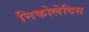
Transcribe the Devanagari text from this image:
निकोलेदिस